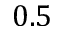
0 . 5